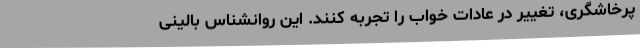
پرخاشگری، تغییر در عادات خواب را تجربه کنند. این روانشناس بالینی